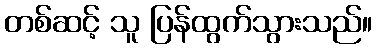
တစ်ဆင့် သူ ပြန်ထွက်သွားသည်။